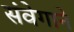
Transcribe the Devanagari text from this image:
संवेगाने